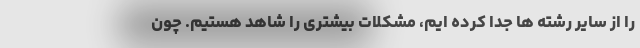
را از سایر رشته ها جدا کرده ایم، مشکلات بیشتری را شاهد هستیم. چون